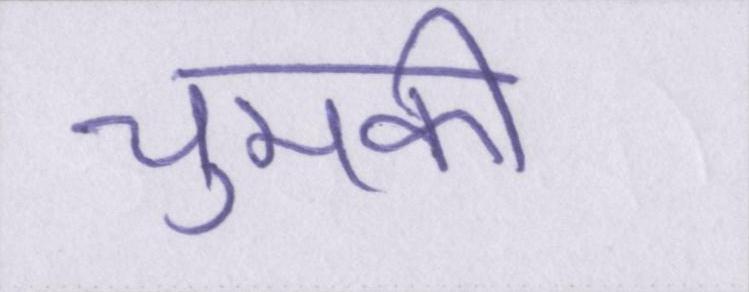
चुमकी